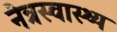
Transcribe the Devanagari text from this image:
नेत्रस्वास्थ्य